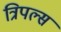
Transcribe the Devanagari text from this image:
त्रिपल्स